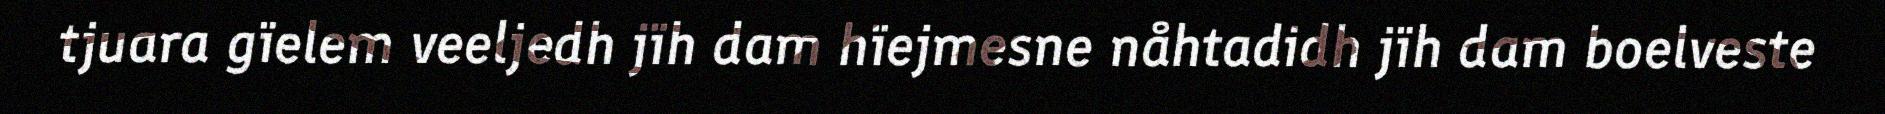
tjuara gïelem veeljedh jïh dam hïejmesne nåhtadidh jïh dam boelveste